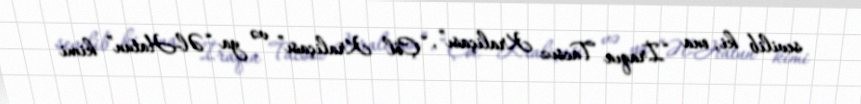
sevilib ki, ona “İraqın Tacsız Kraliçası”, “Çöl Kraliçası” və ya “Əl-Hatun” kimi